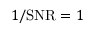
1 / \mathrm { S N R } = 1